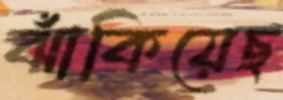
ঝাঁকিয়েছ